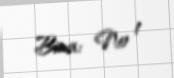
Bina: № 1